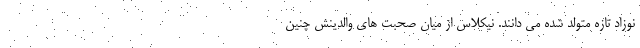
نوزاد تازه متولد شده می دانند. نیکلاس از میان صحبت های والدینش چنین